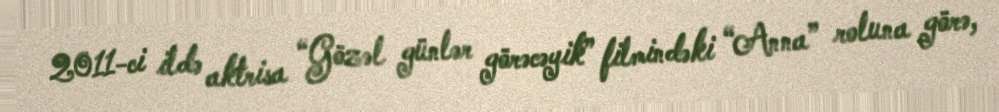
2011-ci ildə aktrisa “Gözəl günlər görəcəyik” filmindəki “Anna” roluna görə,